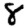
Digit: 8